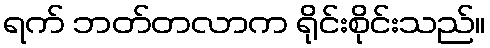
ရက် ဘတ်တလာက ရိုင်းစိုင်းသည်။